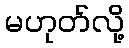
မဟုတ်လို့